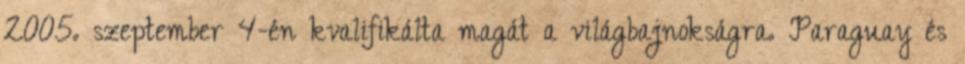
2005. szeptember 4-én kvalifikálta magát a világbajnokságra. Paraguay és